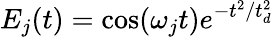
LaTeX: E_{j}(t)=\cos(\omega_{j}t)e^{-t^{2}/t_{d}^{2}}